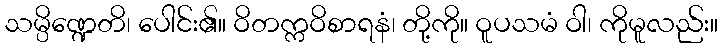
သမ္ပိဏ္ဍေတိ၊ ပေါင်း၏။ ဝိတက္ကဝိစာရနံ၊ တို့ကို။ ဝူပသမံ ဝါ၊ ကိုမူလည်း။